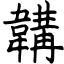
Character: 韝